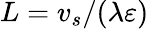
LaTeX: L=v_{s}/(\lambda\varepsilon)